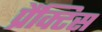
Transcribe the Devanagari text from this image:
प्रैंक्टिस